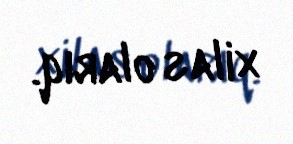
xilas olarıq.